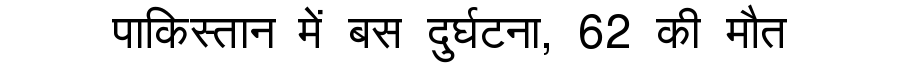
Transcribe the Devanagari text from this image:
पाकिस्तान में बस दुर्घटना, 62 की मौत